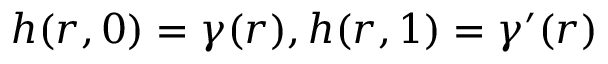
h ( r , 0 ) = \gamma ( r ) , h ( r , 1 ) = \gamma ^ { \prime } ( r )